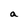
Character: a